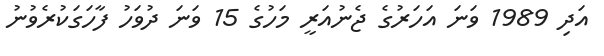
އަދި 1989 ވަނަ އަހަރުގެ ޖެނުއަރީ މަހުގެ 15 ވަނަ ދުވަހު ފާހަގަކުރެވުނު